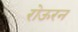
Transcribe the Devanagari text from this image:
रोऊरन